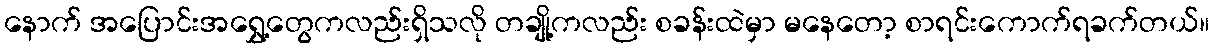
နောက် အပြောင်းအရွှေ့တွေကလည်းရှိသလို တချို့ကလည်း စခန်းထဲမှာ မနေတော့ စာရင်းကောက်ရခက်တယ်။